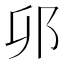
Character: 𫑗